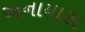
અનાયાસ